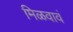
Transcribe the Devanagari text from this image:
मिळवावं